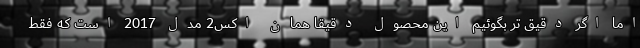
اما اگر دقیق تر بگوئیم این محصول دقیقا همان اکس2 مدل 2017 است که فقط